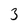
Character: 3